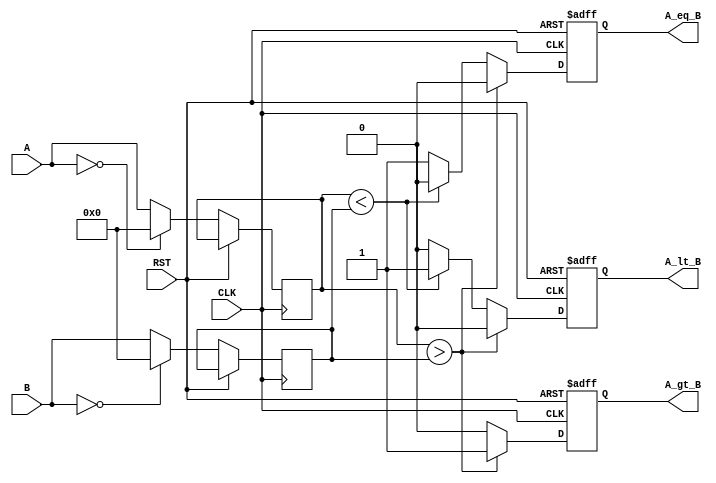
module logarithmic_comparator #(
    parameter N = 8 // Width of input values
) (
    input  wire [N-1:0] A,      // First input value
    input  wire [N-1:0] B,      // Second input value
    input  wire CLK,             // Clock signal
    input  wire RST,             // Reset signal
    output reg  A_gt_B,          // A greater than B
    output reg  A_lt_B,          // A less than B
    output reg  A_eq_B           // A equal to B
);

    // Internal signals for logarithmic transformation (approximated)
    reg [N-1:0] logA, logB;
    
    // Logarithmic transformation (simple approximation)
    // Note: In practice, you could implement a more complex approximation or LUT.
    // Here, a simple transformation is used for demonstration purposes.
    function [N-1:0] log_transform;
        input [N-1:0] x;
        begin
            if (x == 0) begin
                log_transform = 0; // log(0) is undefined; set to 0
            end else begin
                // Simple approximation: log(x) = k * log2(x)
                // For simplicity, just using identity here (real implementations would use a proper log)
                log_transform = x; // Replace this with actual logarithmic logic as required
            end
        end
    endfunction

    always @(posedge CLK or posedge RST) begin
        if (RST) begin
            A_gt_B <= 0;
            A_lt_B <= 0;
            A_eq_B <= 0;
        end else begin
            // Compute logarithmic values
            logA <= log_transform(A);
            logB <= log_transform(B);
            
            // Compare logarithmic values
            if (logA > logB) begin
                A_gt_B <= 1;
                A_lt_B <= 0;
                A_eq_B <= 0;
            end else if (logA < logB) begin
                A_gt_B <= 0;
                A_lt_B <= 1;
                A_eq_B <= 0;
            end else begin
                A_gt_B <= 0;
                A_lt_B <= 0;
                A_eq_B <= 1;
            end
        end
    end

endmodule